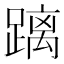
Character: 𮜐